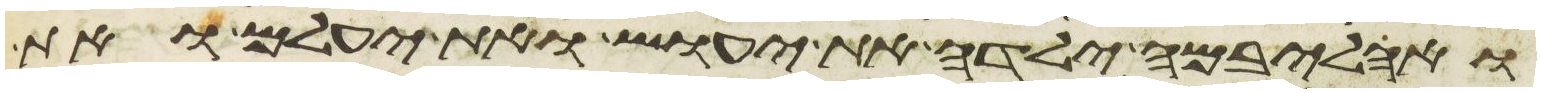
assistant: ואהליבמה ילדה את יעוש ואת יעלם ואת